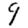
Digit: 9